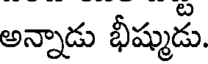
అన్నాడు భీష్ముడు.